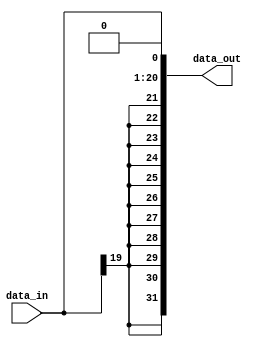
`timescale 1ns / 1ps
module J_Sign_Extender(data_in, data_out);
	input [19:0] data_in;
	output reg [31:0] data_out;
	always@(*) begin
		data_out <= {{11{data_in[19]}},{data_in[19:0],1'b0}};
	end
endmodule